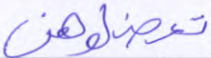
تعضلوهن